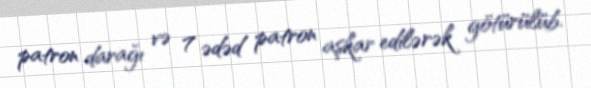
patron darağı və 7 ədəd patron aşkar edilərək götürülüb.